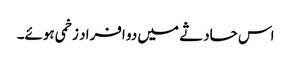
اس حادثے میں دو افراد زخمی ہوئے۔